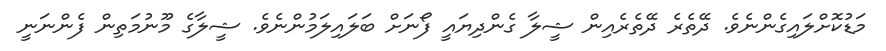
މަޑުކޮށްލައިގެންނެވެ. ދޭތެރެ ދޭތެރެއިން ޝީލާ ގެންދިޔައީ ފޯނަށް ބަލައިލަމުންނެވެ. ޝީލާގެ މޫނުމަތިން ފެންނަނީ